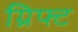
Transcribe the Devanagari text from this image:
ग्रिफ्ट